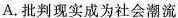
A.批判现实成为社会潮流